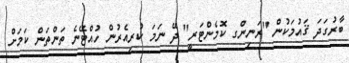
ބާރުގަދަ ޤައުމަކުން "ރަނިންގ ކޮމެންޓަރީ" ދޭ ނަމަ ކުރިއެރުން ހުއްޓޭނެ ތަންތަން ކަމަށް